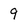
Character: 9